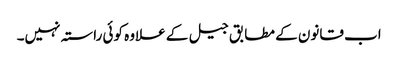
اب قانون کے مطابق جیل کے علاوہ کوئی راستہ نہیں۔